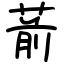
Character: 葥